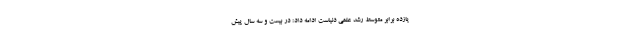
یازده برابر متوسط رشد علمی دنیاست ادامه داد: در بیست و سه سال پیش